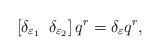
LaTeX: \begin{align*}\left[\delta_{\varepsilon_1} \,\ \delta_{\varepsilon_2}\right] q^r =\delta_\varepsilon q^r ,\end{align*}